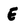
Character: E